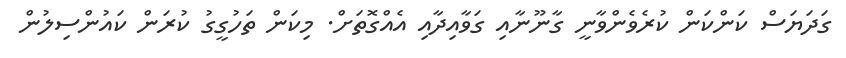
ގަދަޔަސް ކަންކަން ކުރެވެންވާނީ ގާނޫނާއި ގަވާއިދާއި އެއްގޮތަށް. މިކަން ތަހުގީގު ކުރަން ކައުންސިލުން